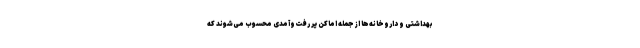
بهداشتی و داروخانه‌ها از جمله اماکن پر رفت‌وآمدی محسوب می‌شوند که